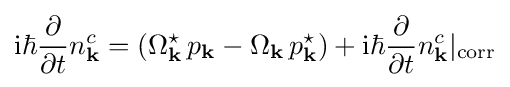
\mathrm {i} \hbar {\frac {\partial }{\partial t}}n_{\mathbf {k} }^{c}=(\Omega _{\mathbf {k} }^{\star }\,p_{\mathbf {k} }-\Omega _{\mathbf {k} }\,p_{\mathbf {k} }^{\star })+\mathrm {i} \hbar {\frac {\partial }{\partial t}}n_{\mathbf {k} }^{c}|_{\text{corr}}